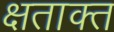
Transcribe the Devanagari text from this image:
क्षताक्त